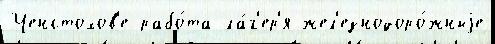
Ченстохов'е рабо́та ла́г'ер'я жел'езнодоро́жныjе